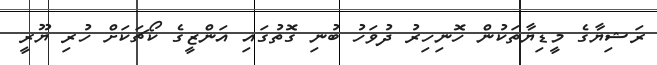
ރަޝިޔާގެ މީޑިޔާތަކުން ހޮނިހިރު ދުވަހު ބުނި ގޮތުގައި އަންޒީގެ ކޯޗަކަށް ހުރި ޔޫރީ